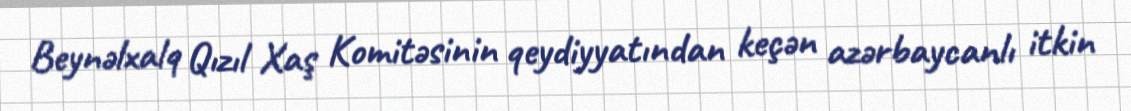
Beynəlxalq Qızıl Xaş Komitəsinin qeydiyyatından keçən azərbaycanlı itkin